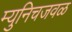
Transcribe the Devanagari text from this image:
म्युनिचजवळ